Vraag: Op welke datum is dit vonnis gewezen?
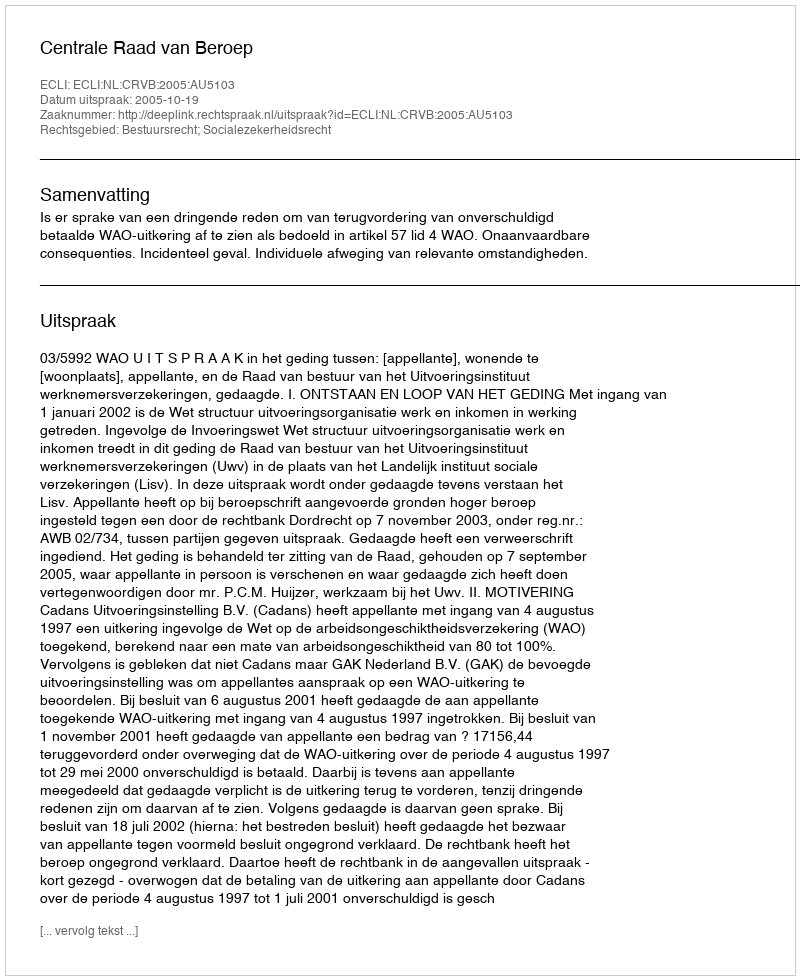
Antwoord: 2005-10-19